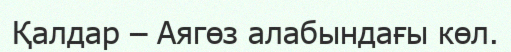
Қалдар – Аягөз алабындағы көл.